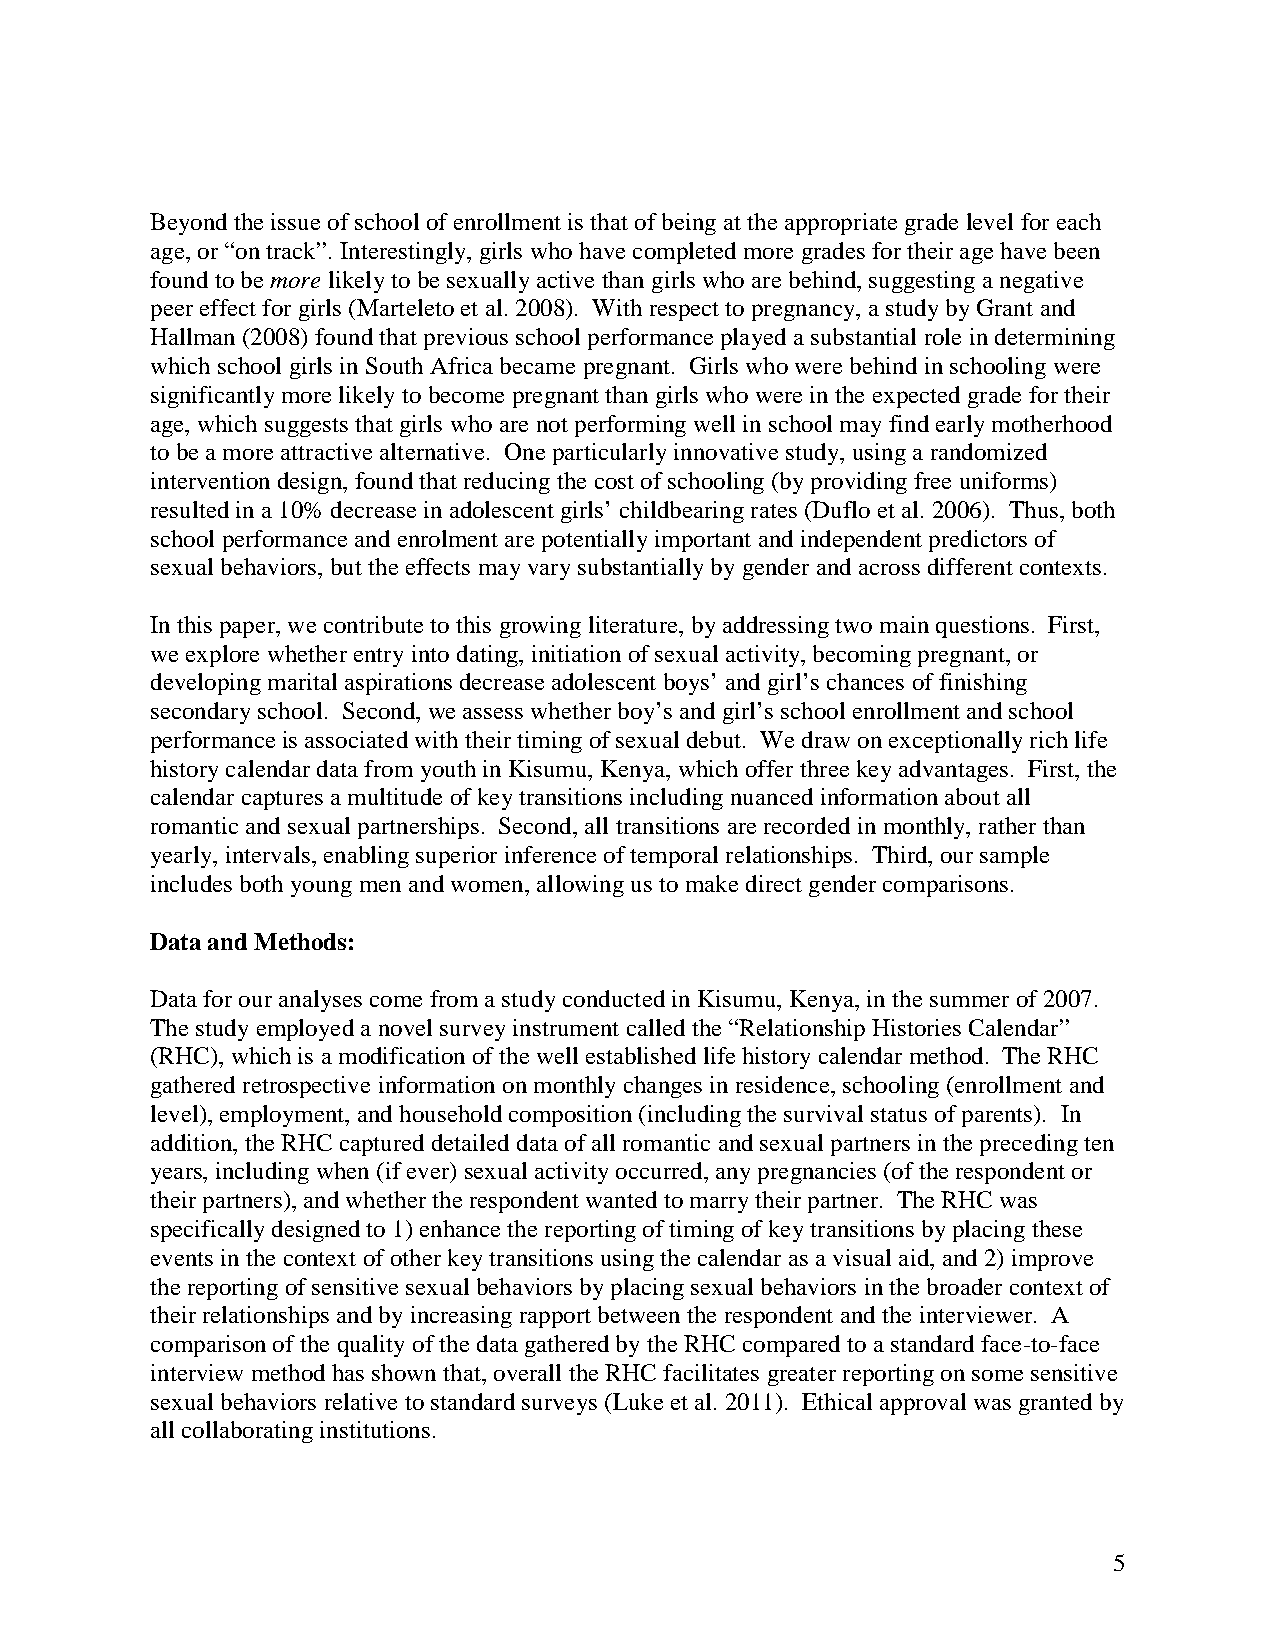
Beyond the issue of school of enrollment is that of being at the appropriate grade level for each
 age, or “on track”. Interestingly, girls who have completed more grades for their age have been
 found to be more likely to be sexually active than girls who are behind, suggesting a negative
 peer effect for girls (Marteleto et al. 2008). With respect to pregnancy, a study by Grant and
 Hallman (2008) found that previous school performance played a substantial role in determining
 which school girls in South Africa became pregnant. Girls who were behind in schooling were
 significantly more likely to become pregnant than girls who were in the expected grade for their
 age, which suggests that girls who are not performing well in school may find early motherhood
 to be a more attractive alternative. One particularly innovative study, using a randomized
 intervention design, found that reducing the cost of schooling (by providing free uniforms)
 resulted in a 10% decrease in adolescent girls’ childbearing rates (Duflo et al. 2006). Thus, both
 school performance and enrolment are potentially important and independent predictors of
 sexual behaviors, but the effects may vary substantially by gender and across different contexts.
 In this paper, we contribute to this growing literature, by addressing two main questions. First,
 we explore whether entry into dating, initiation of sexual activity, becoming pregnant, or
 developing marital aspirations decrease adolescent boys’ and girl’s chances of finishing
 secondary school. Second, we assess whether boy’s and girl’s school enrollment and school
 performance is associated with their timing of sexual debut. We draw on exceptionally rich life
 history calendar data from youth in Kisumu, Kenya, which offer three key advantages. First, the
 calendar captures a multitude of key transitions including nuanced information about all
 romantic and sexual partnerships. Second, all transitions are recorded in monthly, rather than
 yearly, intervals, enabling superior inference of temporal relationships. Third, our sample
 includes both young men and women, allowing us to make direct gender comparisons.
 Data and Methods:
 Data for our analyses come from a study conducted in Kisumu, Kenya, in the summer of 2007.
 The study employed a novel survey instrument called the “Relationship Histories Calendar”
 (RHC), which is a modification of the well established life history calendar method. The RHC
 gathered retrospective information on monthly changes in residence, schooling (enrollment and
 level), employment, and household composition (including the survival status of parents). In
 addition, the RHC captured detailed data of all romantic and sexual partners in the preceding ten
 years, including when (if ever) sexual activity occurred, any pregnancies (of the respondent or
 their partners), and whether the respondent wanted to marry their partner. The RHC was
 specifically designed to 1) enhance the reporting of timing of key transitions by placing these
 events in the context of other key transitions using the calendar as a visual aid, and 2) improve
 the reporting of sensitive sexual behaviors by placing sexual behaviors in the broader context of
 their relationships and by increasing rapport between the respondent and the interviewer. A
 comparison of the quality of the data gathered by the RHC compared to a standard face-to-face
 interview method has shown that, overall the RHC facilitates greater reporting on some sensitive
 sexual behaviors relative to standard surveys (Luke et al. 2011). Ethical approval was granted by
 all collaborating institutions.
 5